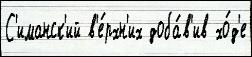
С'иманск'ий в'е́рхн'их доба́в'ив хо́д'е